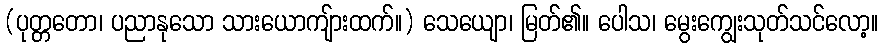
(ပုတ္တတော၊ ပညာနုသော သားယောကျ်ားထက်။) သေယျော၊ မြတ်၏။ ပေါသ၊ မွေးကျွေးသုတ်သင်လော့။